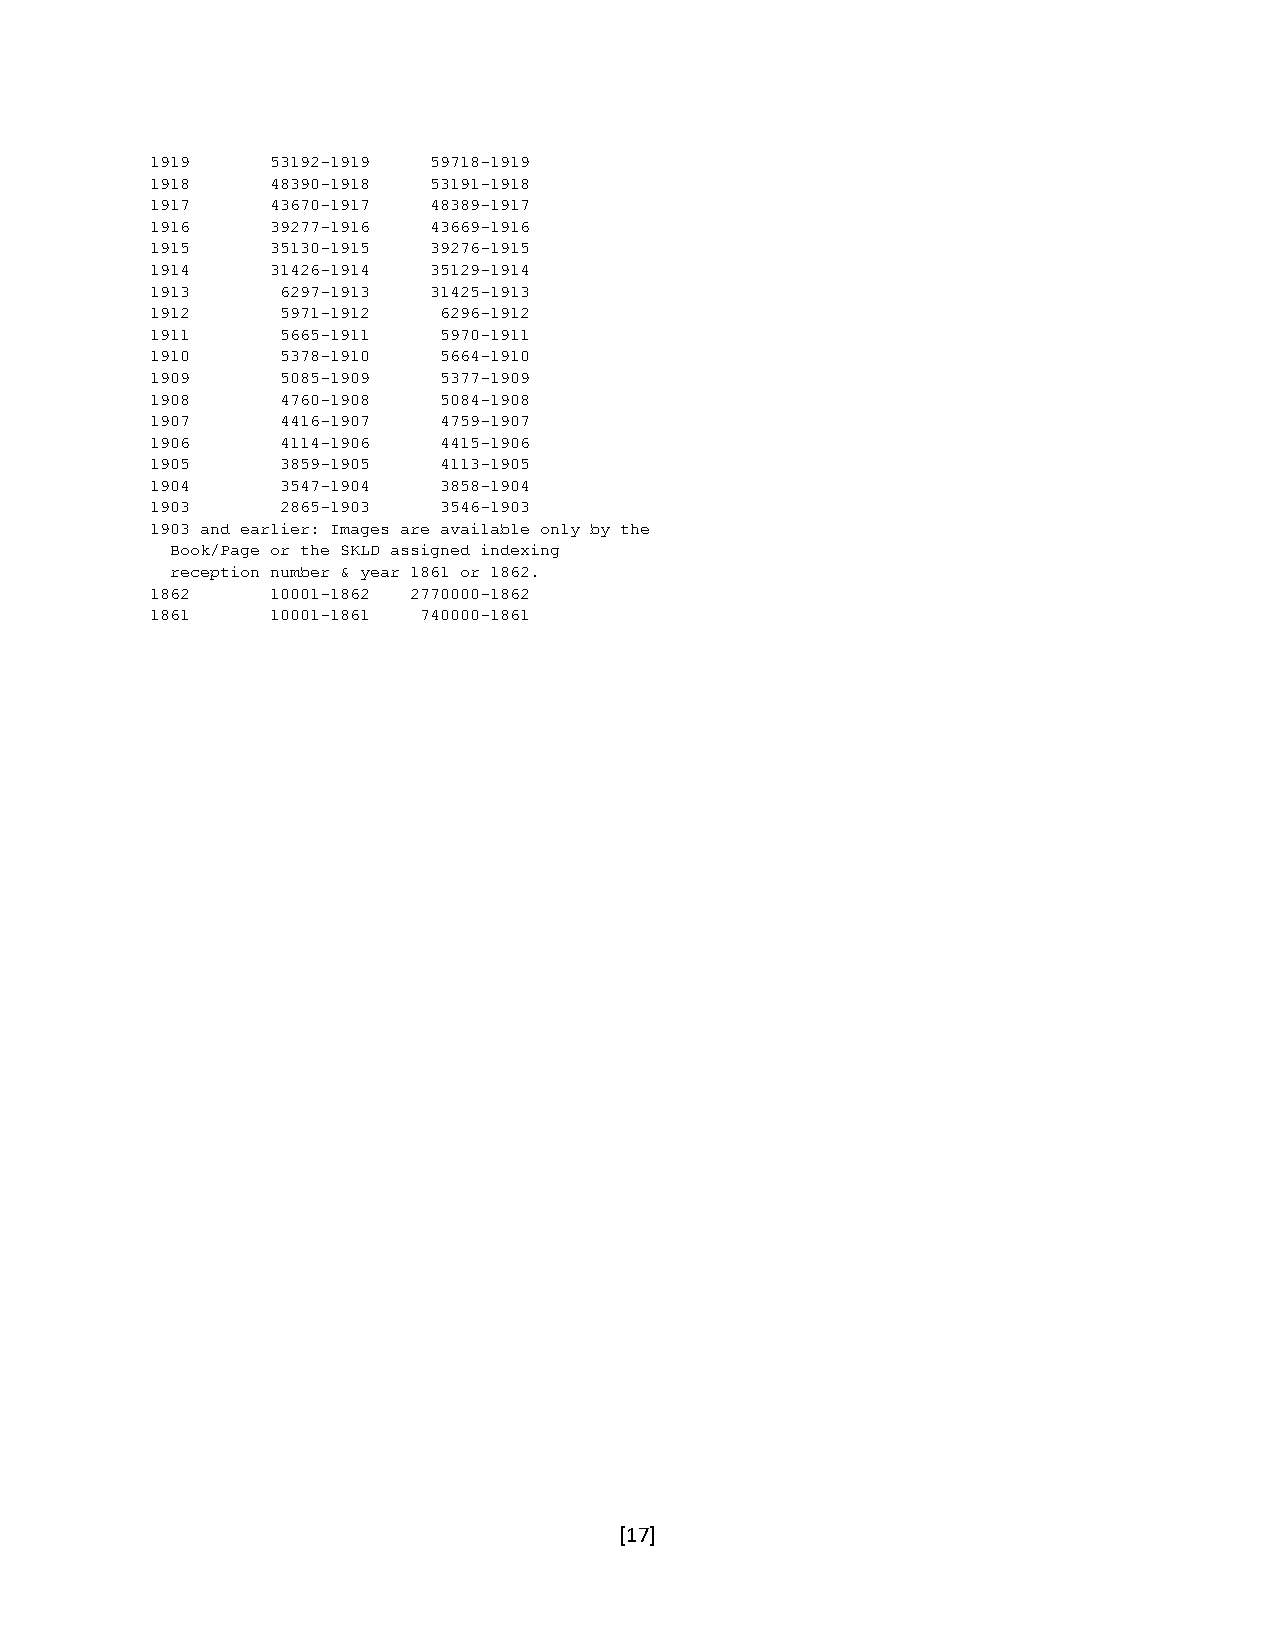
1919    53192-1919 59718-1919
 1918    48390-1918 53191-1918
 1917    43670-1917 48389-1917
 1916    39277-1916 43669-1916
 1915    35130-1915 39276-1915
 1914    31426-1914 35129-1914
 1913     6297-1913 31425-1913
 1912     5971-1912 6296-1912
 1911     5665-1911 5970-1911
 1910     5378-1910 5664-1910
 1909     5085-1909 5377-1909
 1908     4760-1908 5084-1908
 1907     4416-1907 4759-1907
 1906     4114-1906 4415-1906
 1905     3859-1905 4113-1905
 1904     3547-1904 3858-1904
 1903     2865-1903 3546-1903
 1903 and earlier: Images are available only by the
 Book/Page or the SKLD assigned indexing
 reception number & year 1861 or 1862.
 1862    10001-1862 2770000-1862
 1861    10001-1861 740000-1861
 [17]